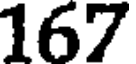
167